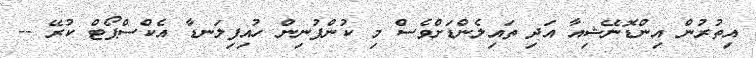
އިތުރުން އިންޑޮނޭޝިއާ އަދި ތައިލެންޑަށްވެސް މި ކުންފުނިން ހުއިފިލަނޑާ އެކްސްޕޯޓް ކުރޭ --